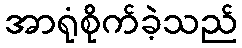
အာရုံစိုက်ခဲ့သည်